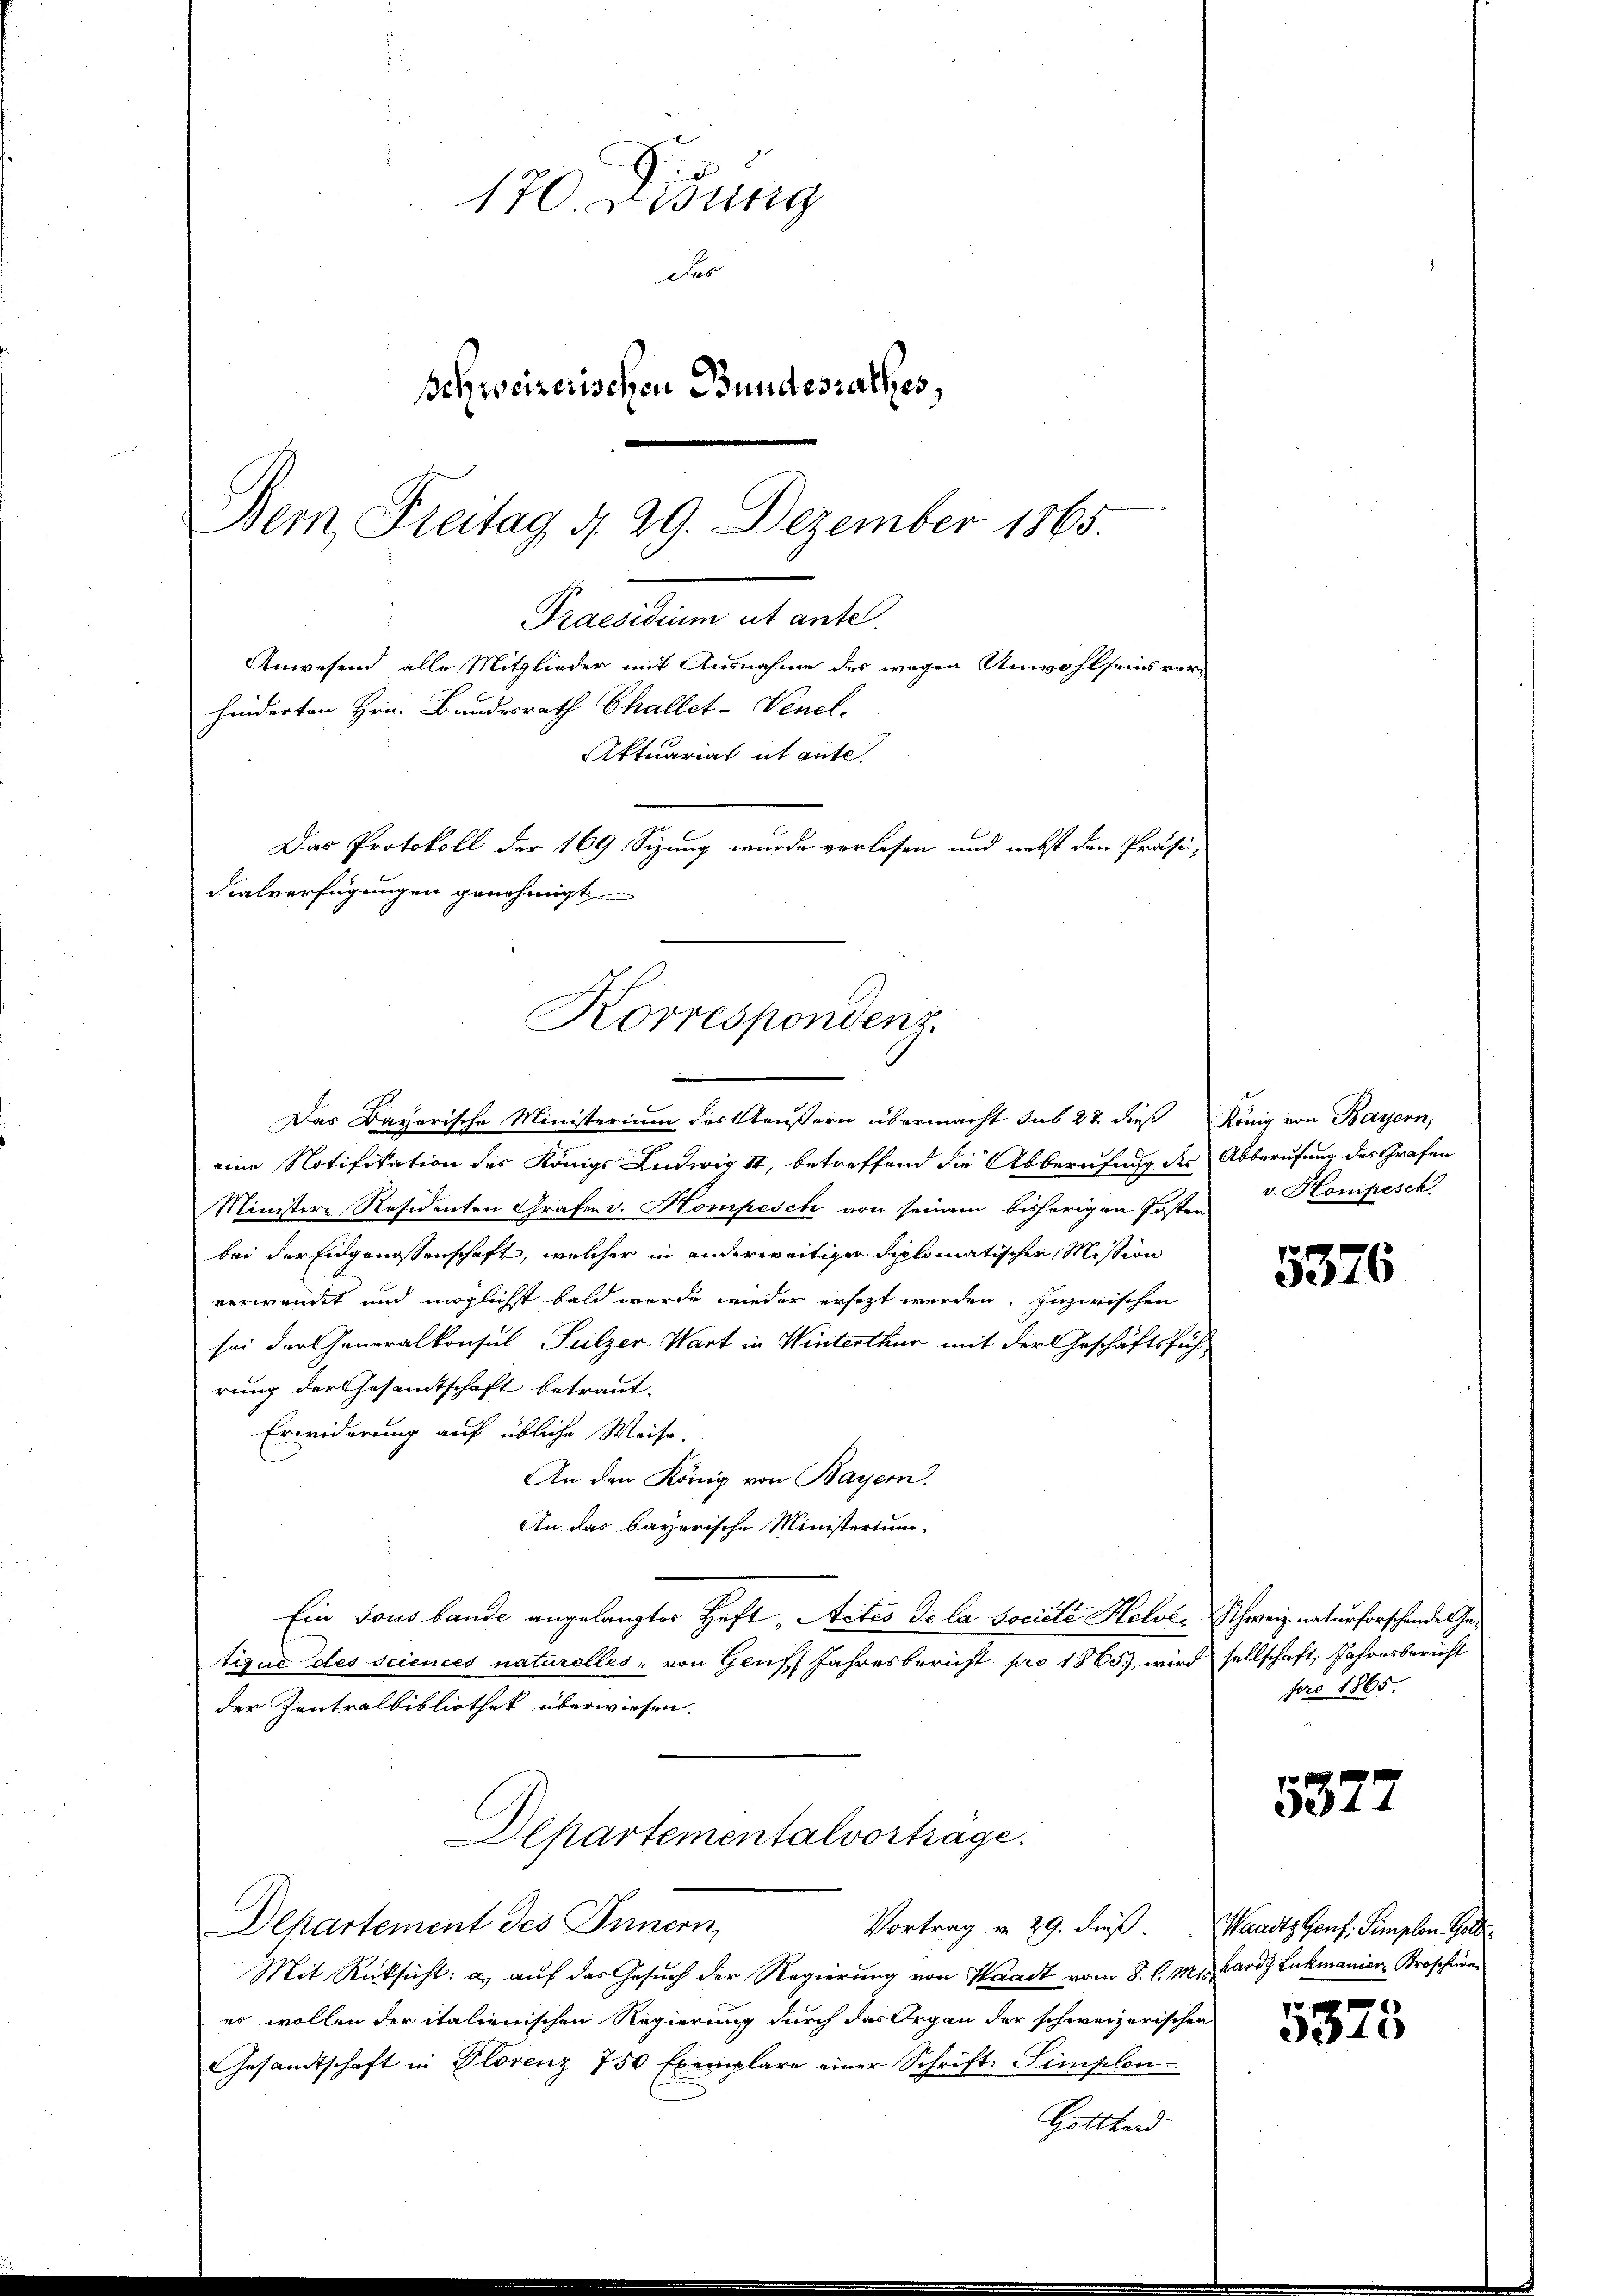
170. Didung
Das
Schweizerischen Bundesrathes,
Dem Freitag d. 29. Dezember 1865.

hinderten Hrn. Bundesrath Challet-Venel.
Das Protokoll der 169. Sizung wurde verlesen und nebst den Präsidialverfügungen genehmigt
Korrespondenz

Anwesend alle Mitglieder mit Ausnahme des wegen Anwohlseins vor¬
Aktuariat it ante

Pranten es andel

Das Bayerische Ministerium des Aeußern übermacht sub 22 dieß König von Bayern,
eine Notifikation des Königs Ludwig II, betreffend die Abberufung der Abberufung des Grafen
Ministere Residenten Grafen v. Kompesch von seinem bisherigen Ersten
bei der Engenossenschaft, welcher in anderweitiger Diplomatischer Mission
verwandt und möglichst bald wurde wieder ersezt werden. Inzwischen
sei der Generalkonsul Sulzer-Wart in Winterthur mit der Geschäftsführung der Gesamtschaft betraut.
Erwiderung auf übliche Weise.
An den König von Bayern.
An das bayerische Ministerium
Ein Tous bande angelangter Heft „Actes de la Société Helver Schweiz. naturforschende Getique des sciences naturelles, von Genf Jahresbericht pro 1865), wird sellschaft, Jahresbericht
der Zentralbibliothek überwiesen.
Departementalvortrage.
Dekartement des Innern,
Vortrag u. 29. dieß. Waadt Genf. Simplon Gott
Mit Rücksicht: a.) auf das Gesuch der Regierung von Waadt vom 8. l. Mishardt Lukmanien Kroschen
es wollen der italienischen Regierung durch das Organ der schweizerischen
Gesandtschaft in Plorenz 750 Exemplare einer Schrift: Simplon
Gotthard

v. Kompesch

5376

pro 1865.

5327

5373